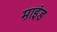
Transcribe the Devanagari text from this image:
म़ाइंड